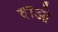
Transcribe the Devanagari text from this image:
वाओ